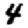
Digit: 4